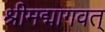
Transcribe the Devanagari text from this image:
श्रीमद्मागवत्